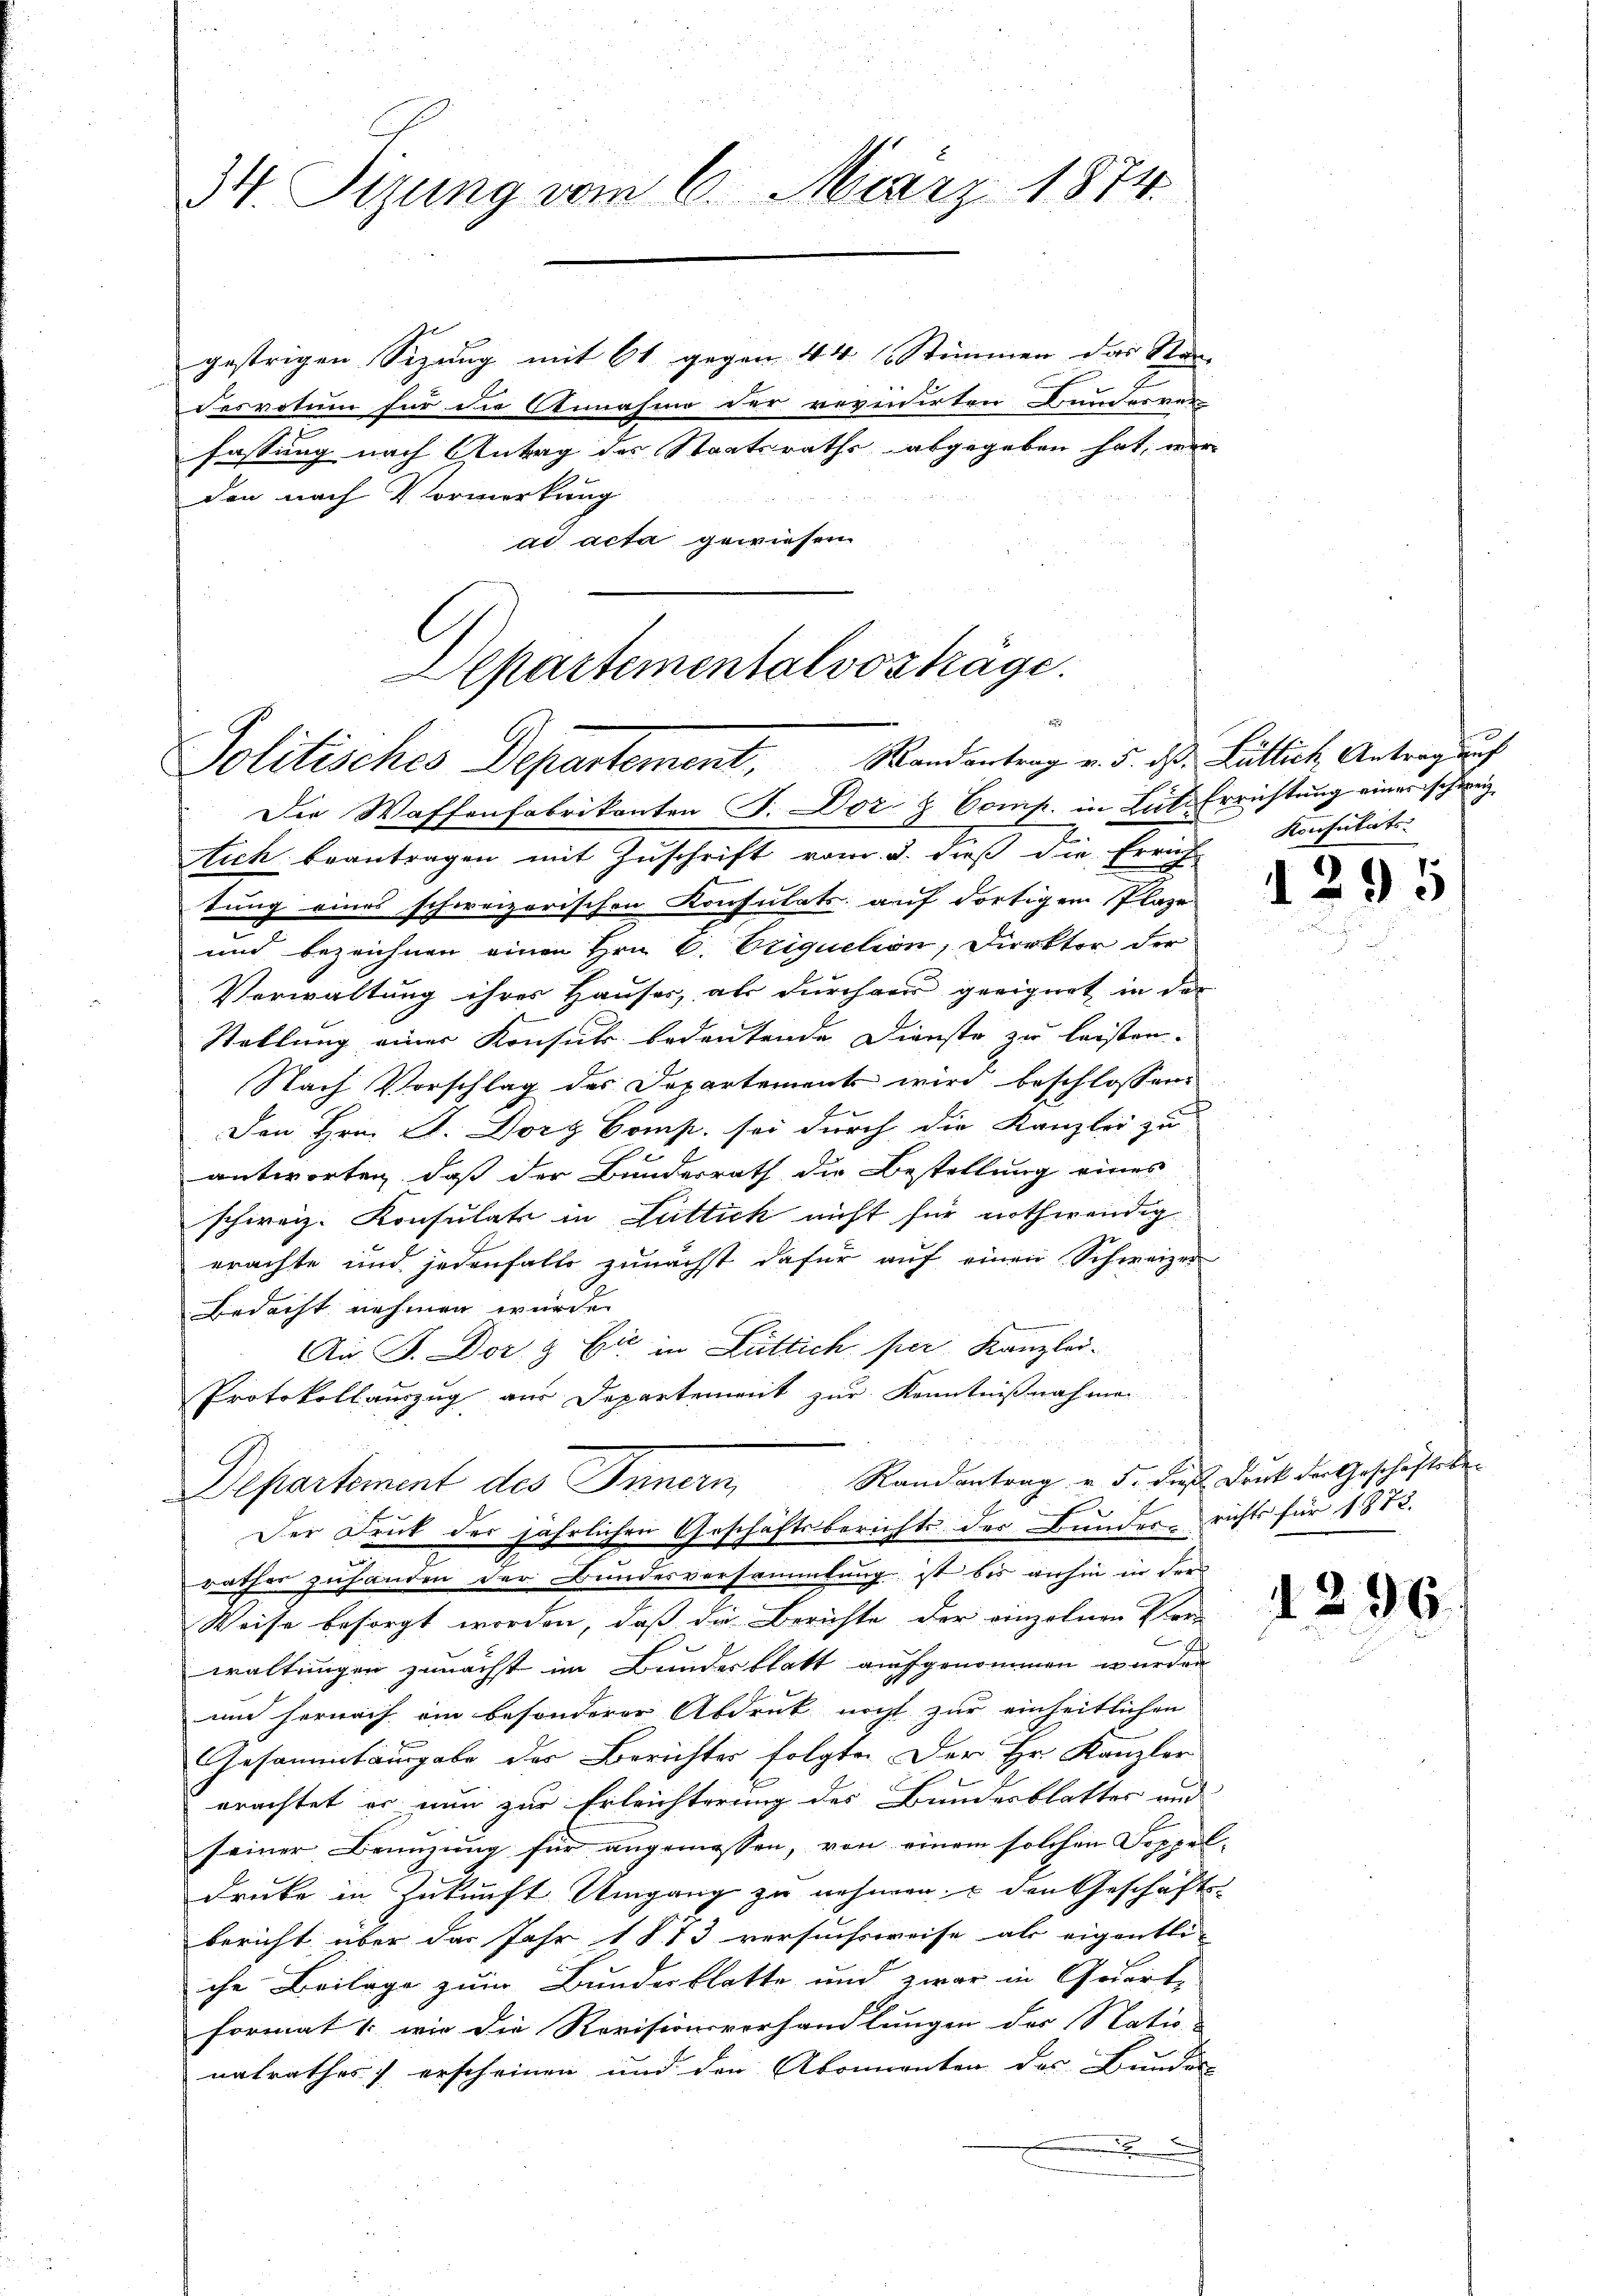
gestrigen Sizung mit 61 gegen 44 Stimmen das Neu-
desvotum für die Annahme der revenirten Bundesver
fassung nach Antrag des Staatsraths abgegeben hat, wer
den nach Vormerkung
ad acta gewiesen

34. Tizung vom 6. März 1874

Departementalvoshäge.
s
Politisches Departement, Randantrag v. 5. d. Lütlich Antragung
Die Waffenfabrikanten J. Dor & Comp. in Lite Errichtung eines schweiz

tich beantragen mit Zuschrift vom 3. dieß die Errich-
tung eines schweizerischen Konsulats auf dortigem Plaze
und bezeichnen einen Hrn. C. Oriquction, Direktor der
Verwaltung ihrer Hauses, als durchger geeignet in der
Stellung einer Konsuls bedeutende Dienste zu leisten.
Nach Vorschlag des Departement wird beschlossen:
Den Hrn. P. Dorz Comp. sei durch die Kanzlei zu
antworten, daß der Bundesrath die Bestellung eines
schweiz. Konsulate in Luttich nicht für nothwendig
erachte und jedenfalls zunächst dafür auf einen Schweizer
Bedacht nehmen wurde.
An J. Dor & Cie in Luttich per Kanzlei-
Protokollauszug aus Departement zur Kenntnißnahmen
u
Departement des Innern, Randantrag u. d. die Druck der Geschäftete
Der Druck der jährlichen Geschäftsberichts der Bunder- richts für 1872.
rathes zuhanden der Bundesversammlung ist bis anhin in der
Weise besorgt worden, daß die Berichte der einzelnen Ver-
waltungen zunächst im Bundesblatt aufgenommen wurden
um hernach ein besonderer Abdruck nicht zur einheitlichen
Gesammtausgabe des Berichter folgte. Der Hr. Kanzler
erachtet er nun zur Erleichterung des Bundesblatter und
seiner Benuzung für angemessen, von einem solchen Doppel-
Druke in Zukunft Umgang zu nehmen, u den Geschäfts-
bericht über das Jahr 1873 versuchsweise als eigentli- |
che Beilage zum Bundesblatte und zwar in Quart,
format /: wie die Revisionsvorhandlungen der Natio- |
nalrathes erscheinen und den Abonnenten des Bundes

Konsulats.

295

1296